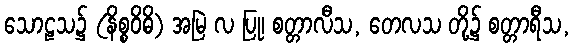
သောဠသ၌ (နိစ္စဝိဓိ) အမြဲ လ ပြု၊ စတ္တာလီသ, တေလသ တို့၌ စတ္တာရီသ,